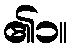
၏၁။